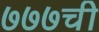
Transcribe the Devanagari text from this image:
७७७ची